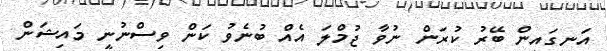
އަނގައިން ބޭރު ކުރަން ނުވާ ޖުމްލަ އެއް ބުނެވުު ކަން ވިސްނުނީ މައިޝަން